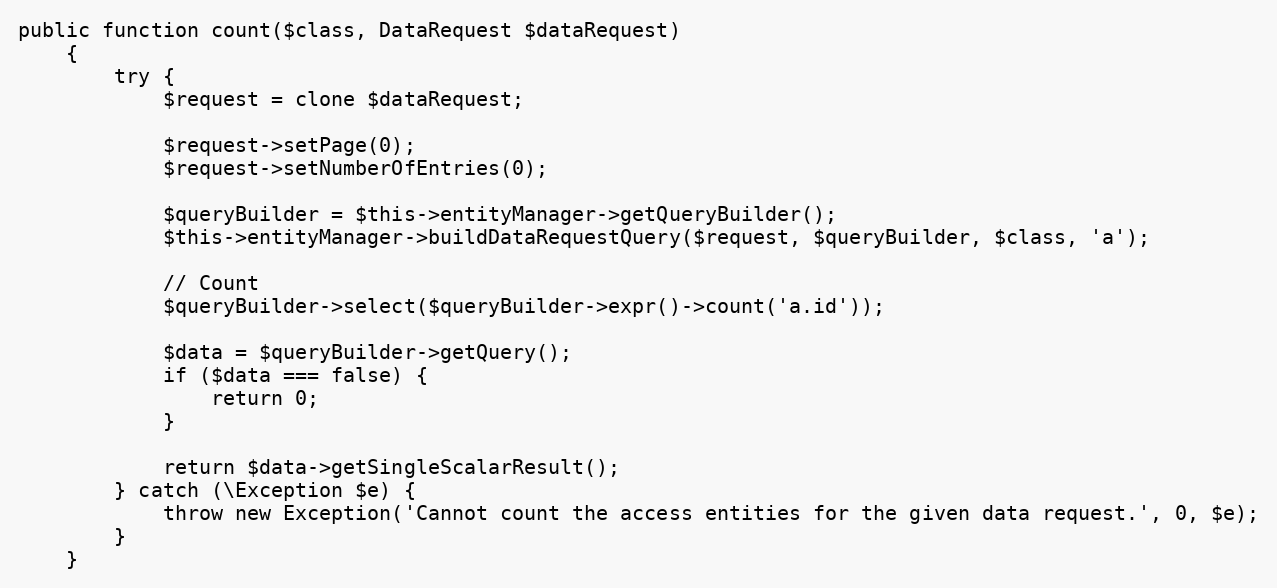
Language: PHP
public function count($class, DataRequest $dataRequest)
    {
        try {
            $request = clone $dataRequest;

            $request->setPage(0);
            $request->setNumberOfEntries(0);

            $queryBuilder = $this->entityManager->getQueryBuilder();
            $this->entityManager->buildDataRequestQuery($request, $queryBuilder, $class, 'a');

            // Count
            $queryBuilder->select($queryBuilder->expr()->count('a.id'));

            $data = $queryBuilder->getQuery();
            if ($data === false) {
                return 0;
            }

            return $data->getSingleScalarResult();
        } catch (\Exception $e) {
            throw new Exception('Cannot count the access entities for the given data request.', 0, $e);
        }
    }